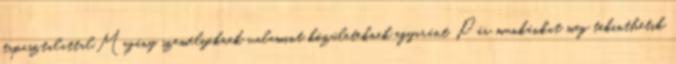
tapasztalattal.Magány személyeknek valamint közületeknek egyaránt. Pár munkánkat meg tekinthetik